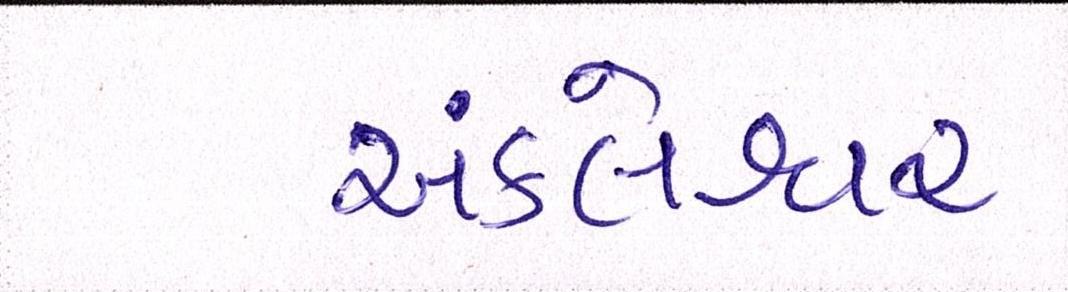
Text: અંકલેશ્વર